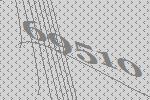
69510